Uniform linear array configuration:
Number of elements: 4
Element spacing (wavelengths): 1
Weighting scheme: binomial
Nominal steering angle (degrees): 30
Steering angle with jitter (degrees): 29.231
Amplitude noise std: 0.05
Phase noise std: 0.05

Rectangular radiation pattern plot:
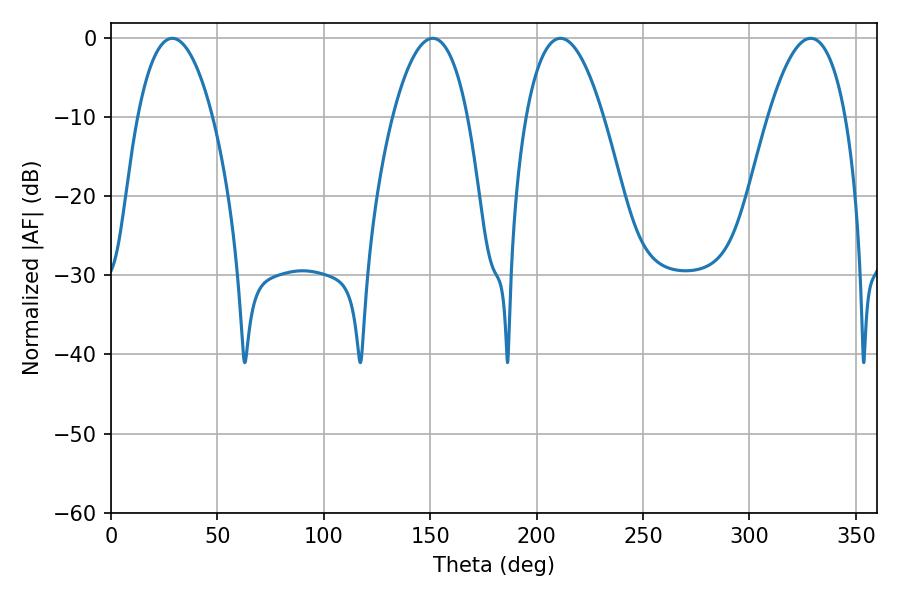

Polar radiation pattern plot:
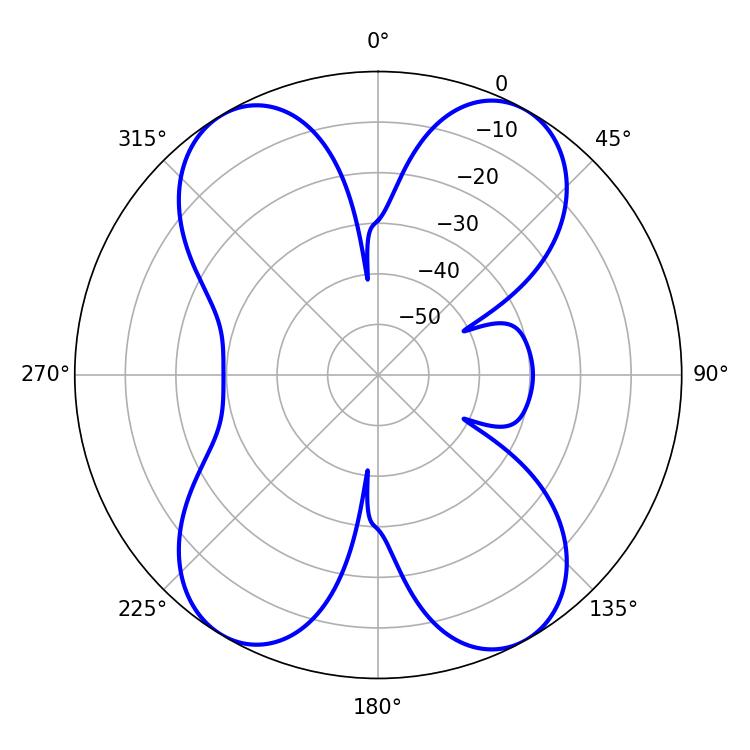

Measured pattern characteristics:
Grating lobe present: TRUE
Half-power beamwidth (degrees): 19.62
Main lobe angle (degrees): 28.8